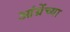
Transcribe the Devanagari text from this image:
आंग्रेंच्या